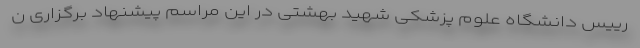
رییس دانشگاه علوم پزشکی شهید بهشتی در این مراسم پیشنهاد برگزاری ن